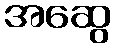
အဆွေ